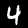
Label: 4